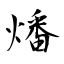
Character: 燔